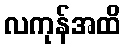
လကုန်အထိ